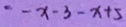
= - x - 3 - x + 5